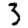
Digit: 3